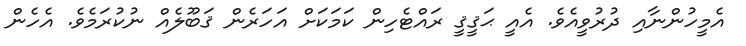
އެމީހުންނާއި ދުރުވީއެވެ. އެއީ ޙަޤީޤީ ރައްޓެހިން ކަމަކަށް އަހަރެން ޤަބޫލެއް ނުކުރަމެވެ. އެހެން